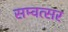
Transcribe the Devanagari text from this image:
सम्वत्सर